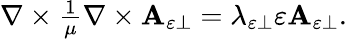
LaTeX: \begin{array}{r}{\nabla\times\frac{1}{\mu}\nabla\times\mathbf{A}_{\varepsilon\perp}=\lambda_{\varepsilon\perp}\varepsilon\mathbf{A}_{\varepsilon\perp}.}\end{array}